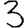
Digit: 3